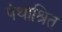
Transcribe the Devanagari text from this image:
पंथाश्रित